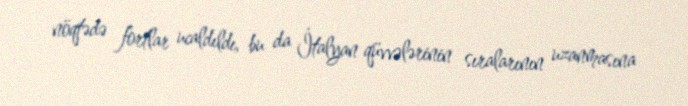
nöqtədə fortlar ucaldıldı, bu da İtalyan qüvvələrinin sıralarının uzanmasına